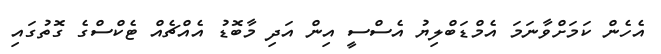
އެހެން ކަމަށްވާނަމަ އެމްޑަބްލިޔު އެސްސީ އިން އަދި މާބޮޑު އެއްޗެއް ޓެކްސްގެ ގޮތުގައި